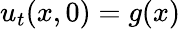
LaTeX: u_{t}(x,0)=g(x)